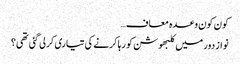
کون کون وعدہ معاف…
نواز دور میں کلبھوشن کو رہا کرنے کی تیاری کرلی گئی تھی؟